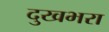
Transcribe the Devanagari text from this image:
दुखभरा